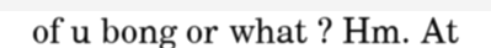
of u bong or what ? Hm. At